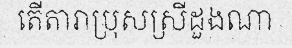
តើតារាប្រុសស្រីដួងណា